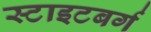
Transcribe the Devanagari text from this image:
स्टाइटबर्ग